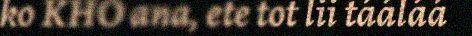
ko KHO ana, ete tot lii tááláá